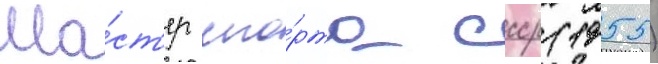
Ма́ст'ер спо́рта ссср (1955)